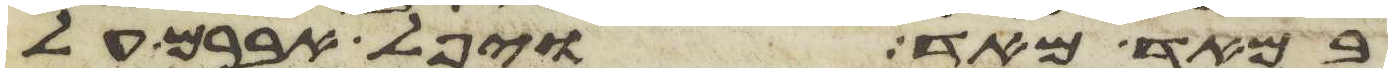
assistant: במאד מאד ויפל אברם על